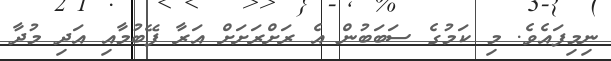
ނިމިފައެވެ. މި ކަމުގެ ސަބަބުން އެ ރަށްރަށަށް އަރާ ފޭބުމާއި އަދި މުދާ